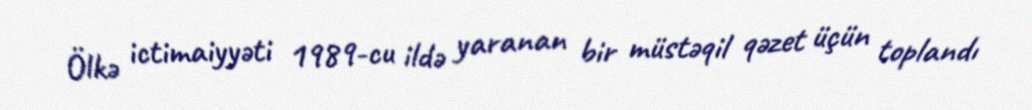
Ölkə ictimaiyyəti 1989-cu ildə yaranan bir müstəqil qəzet üçün toplandı